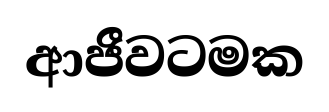
ආජීවටමක